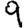
Digit: 9